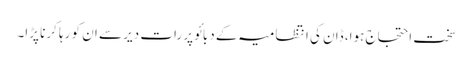
سخت احتجاج ہوا، ڈان کی انتظامیہ کے دبائو پر رات دیر سے ان کو رہا کرنا پڑا۔